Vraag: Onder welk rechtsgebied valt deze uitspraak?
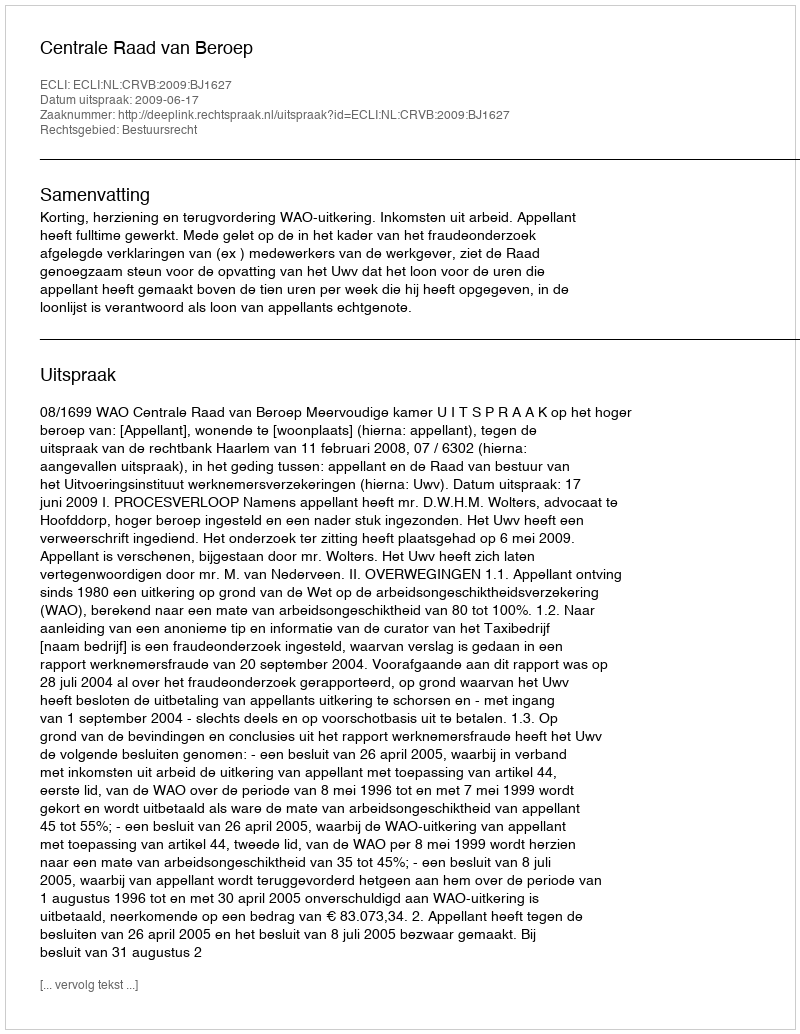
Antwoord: Bestuursrecht